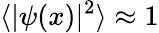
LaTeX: \langle|\psi(x)|^{2}\rangle\approx 1